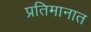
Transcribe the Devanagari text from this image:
प्रतिमानात